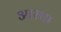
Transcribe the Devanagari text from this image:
अास्था